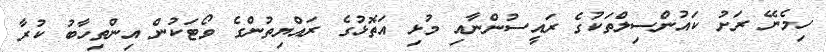
ހިމެނޭ ރަށު ކައުންސިލްތަކުގެ ރައީސުންނާއި މުޅި އަތޮޅުގެ ރައްޔިތުންގެ ވޯޓަކުން އިންތިހާބު ކުރާ